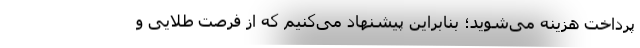
پرداخت هزینه می‌شوید؛ بنابراین پیشنهاد می‌کنیم که از فرصت طلایی و